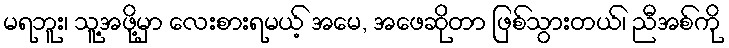
မရဘူး၊ သူ့အဖို့မှာ လေးစားရမယ့် အမေ, အဖေဆိုတာ ဖြစ်သွားတယ်၊ ညီအစ်ကို